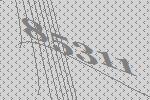
85311